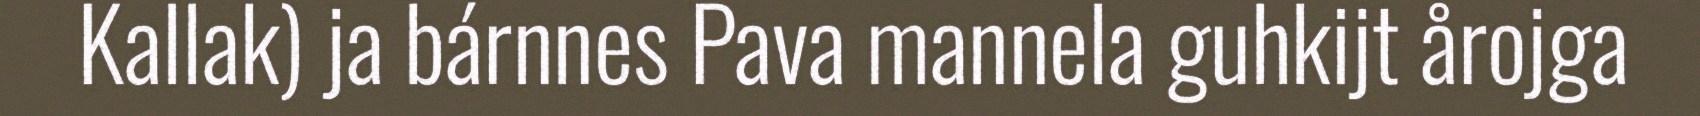
Kallak) ja bárnnes Pava mannela guhkijt årojga